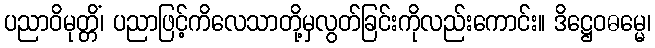
ပညာဝိမုတ္တိံ၊ ပညာဖြင့်ကိလေသာတို့မှလွတ်ခြင်းကိုလည်းကောင်း။ ဒိဋ္ဌေဝဓမ္မေ၊